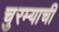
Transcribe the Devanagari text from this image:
चुरम्याची